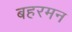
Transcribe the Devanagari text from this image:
बहरमन